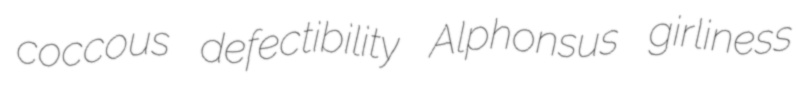
coccous defectibility Alphonsus girliness